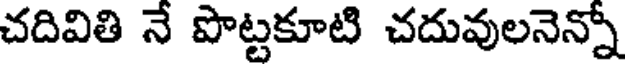
చదివితి నే పొట్టకూటి చదువులనెన్నో